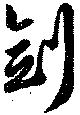
剣